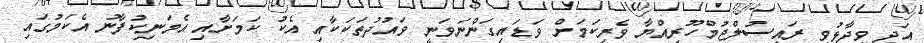
އަދި ވިދާޅުވީ ރައީސުލްޖުމްހޫރިއްޔާ ވެރިކަމަށް ވަޑައިގަންނަވަނީ ވައުދުތަކަކާއި އެކު ކަމަށާއި އެމަނިކުފާނު އެކަމުގައި